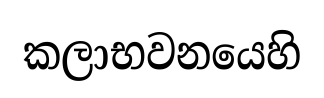
කලාභවනයෙහි